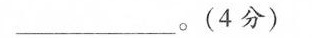
___(4分)